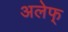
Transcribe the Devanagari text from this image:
अलेफ्